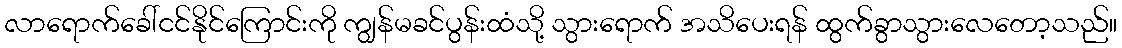
လာရောက်ခေါ်ငင်နိုင်ကြောင်းကို ကျွန်မခင်ပွန်းထံသို့ သွားရောက် အသိပေးရန် ထွက်ခွာသွားလေတော့သည်။